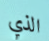
الذي